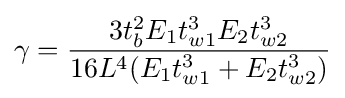
\gamma ={\frac {3t_{b}^{2}E_{1}t_{w1}^{3}E_{2}t_{w2}^{3}}{16L^{4}(E_{1}t_{w1}^{3}+E_{2}t_{w2}^{3})}}